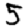
Digit: 5